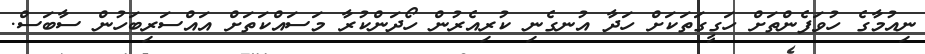
ނިއުމާގެ ހުވަފެންތަށް ހަގީގަތަކަށް ހަދާ އުނގެނި ކުރިއެރުން ހޯދަންކުރާ މަސައްކަތަށް އައްސަރިބަހުން ސާބަސް.